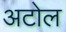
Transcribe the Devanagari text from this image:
अटोल